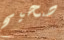
صحيح